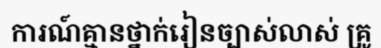
ការណ៍គ្មានថ្នាក់រៀនច្បាស់លាស់ គ្រូ